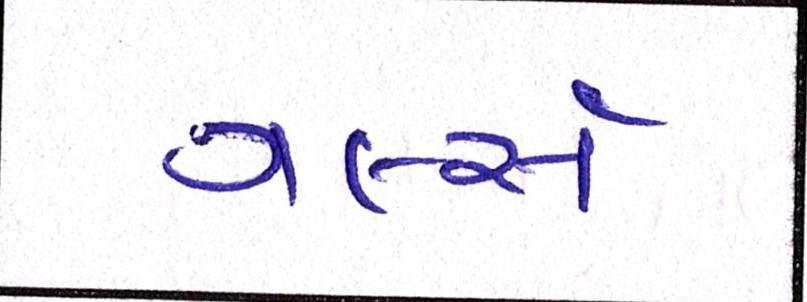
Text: ગર્લ્સ